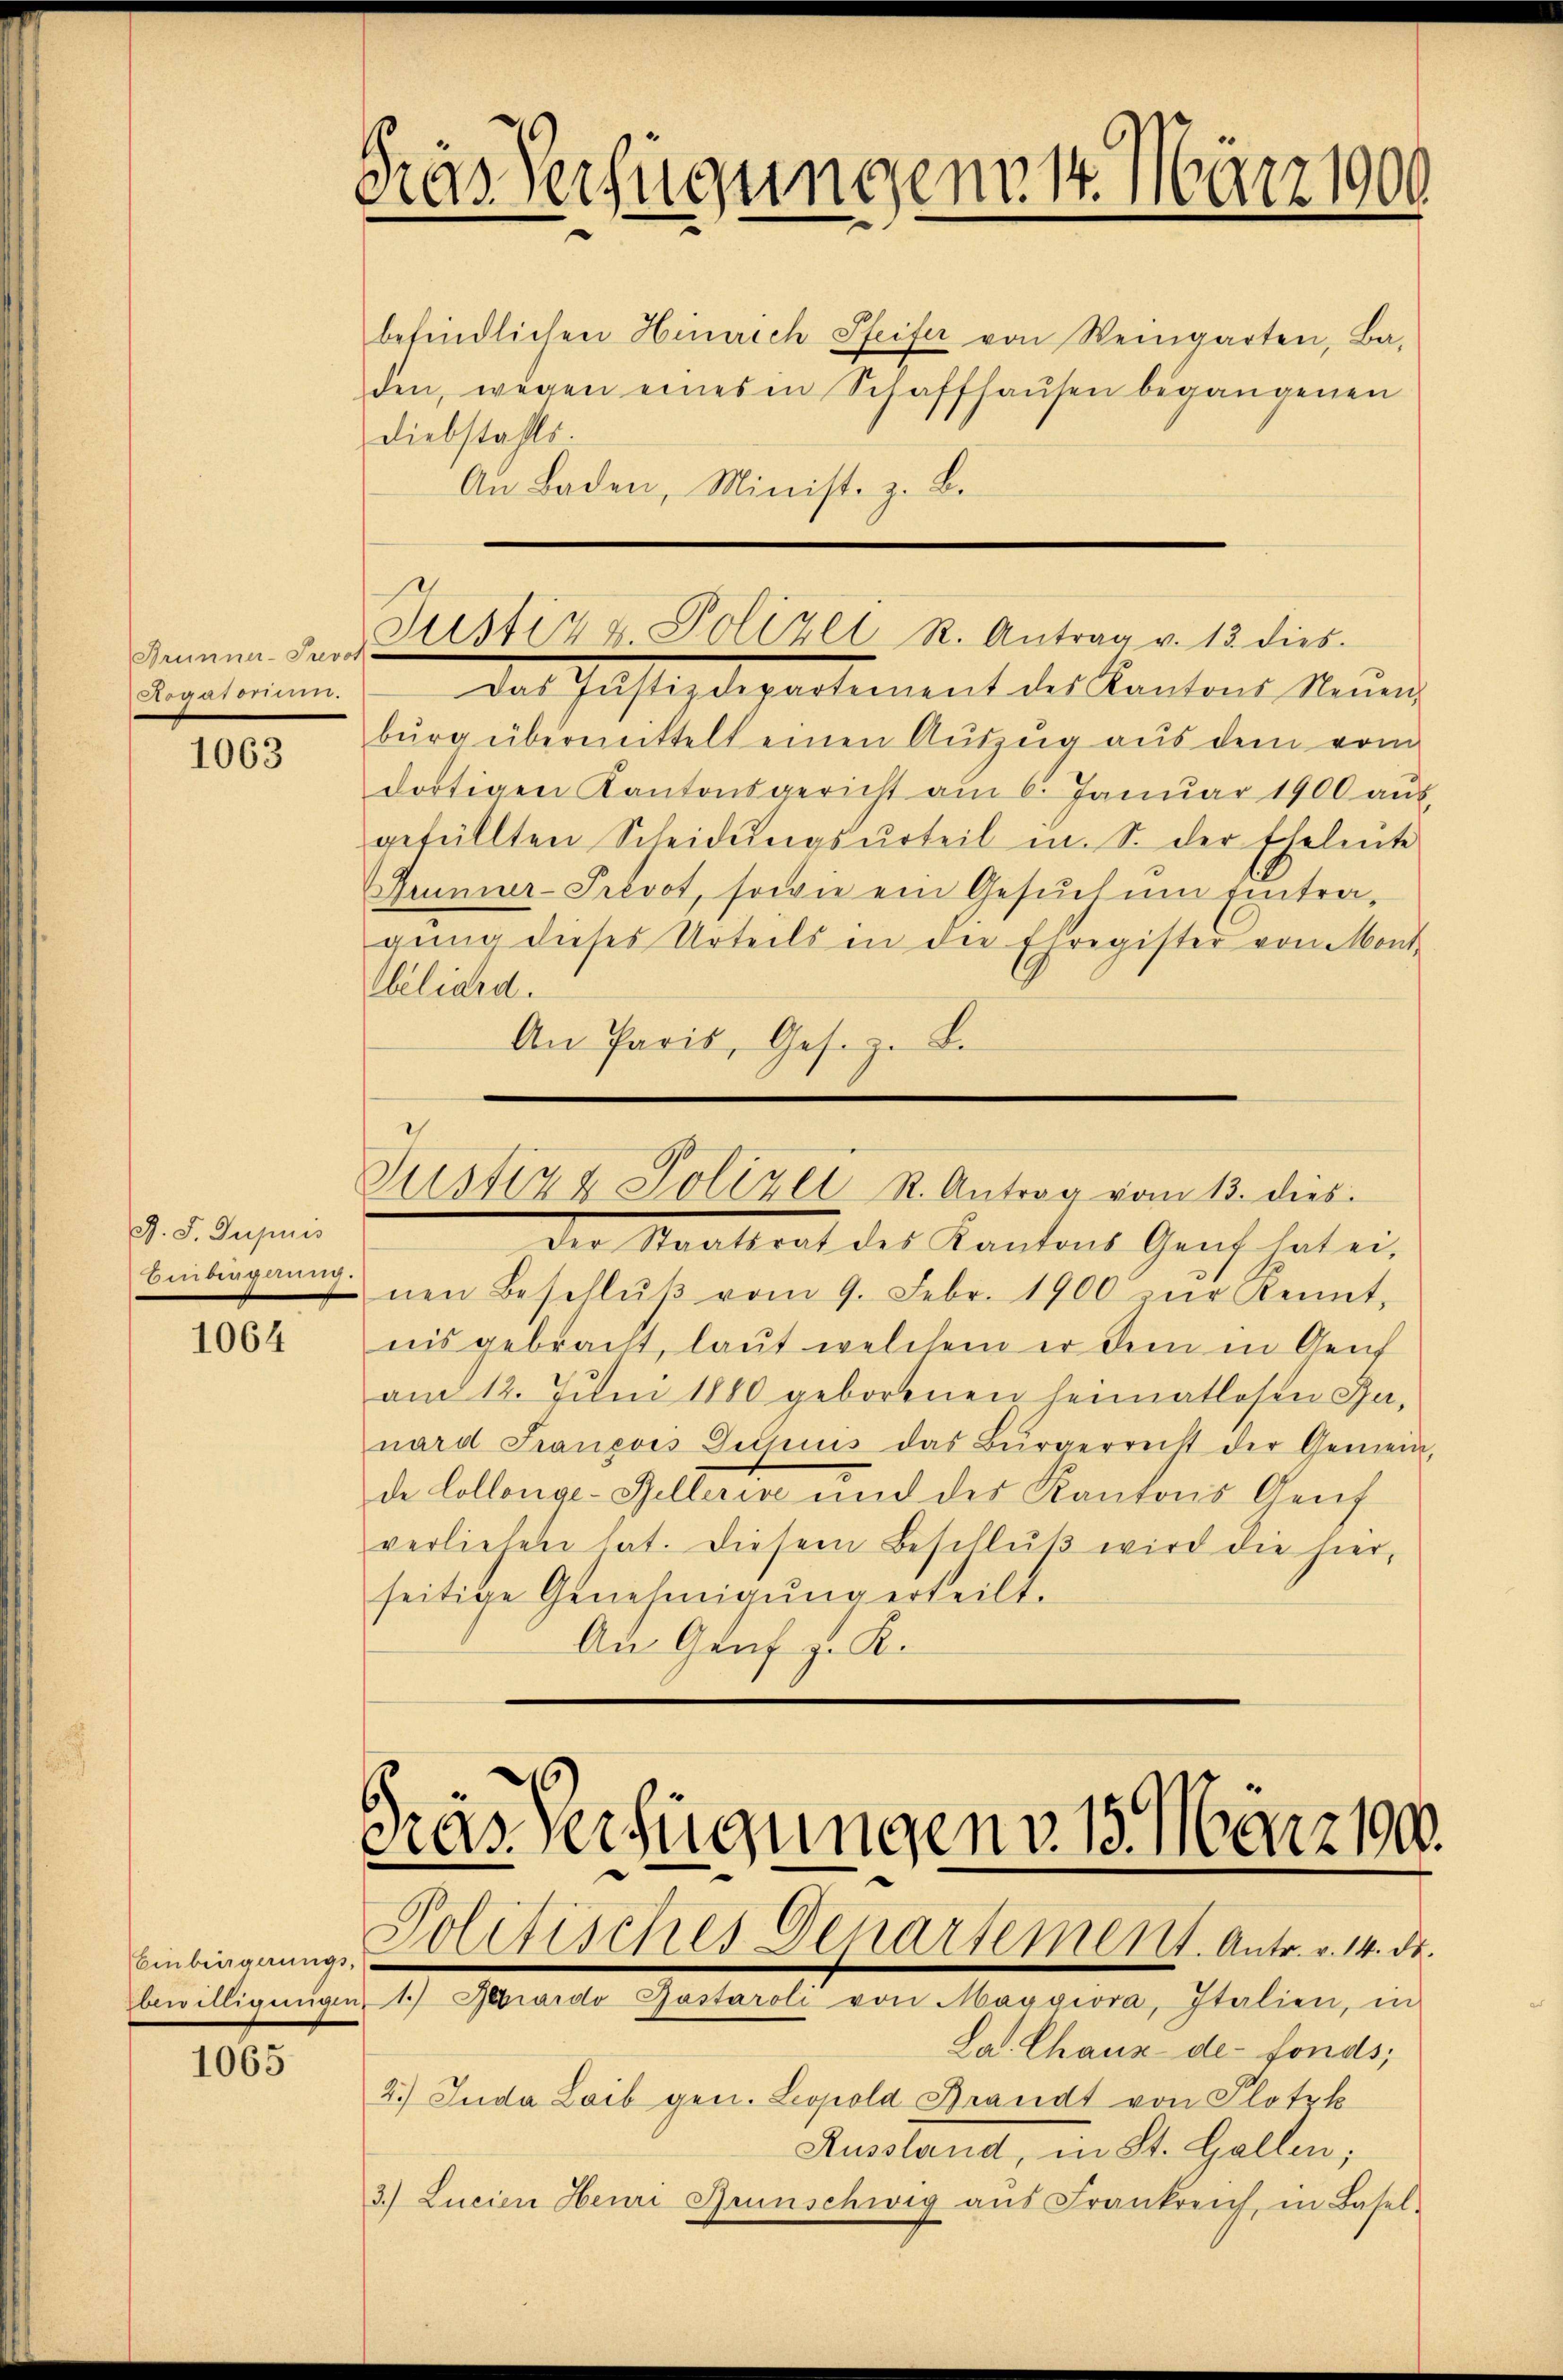
Brunner-Prevol
Rogarben.

1063

J. J. Gupuis
Einbiegnung.

1064

1065.

Gras Verfügungen 14. März 1900

befindlichen Hinrich Pfeifer von Weingarten, Ba-
den, wegen eines in Schaffhaŭsen begangenen
Diebstahls
An Laden, Minist. z. B.

Justiz & Polizei R. Antrag v. 13. dies

Datastizdepartement des Kantons Neuen
burg übermittelt einen Auszug aus dem vom
dortigen Kantonsgericht am 6. Janŭar 1900 aŭs
gefüllten Scheidŭngsurteil in S. der Eheleute
Aunner-Prevot, sowie ein Gesuch um Eintragung dieses Urteils in die Ehregister von Mont
Weliard.
An Paris, Ges. z. B.

Justiz & Polizei K. Antrag vom 13. dies

Der Staatsrat des Kantons Genf hat ei-
nen Beschlŭβ vom 9. Febr. 1900 zŭr Kennt,
nis gebracht, laut welchem er dem in Genf
am 12. Juni 1880 geborenen heimatlosen Ja,
nard Franevis Ditsuis das Bürgerrecht der Gemein-
de Collenge-Zellerise und des Kantons Aeuf
verliefen hat. Diesem Beschluß wird die hier,
seitige Genehmigŭng erteilt.
An Genf fr. K.

Gras Verfügungen v. 15. März 190.
Einbiegungs-Politisches Departement. Antr. v. 14. d.
bewilligungen 1 Spardo Gastaroli von Maggiora, Italien, in

2.) Juda Laib gen. Leopold Brandt von Flotzk
3.) Lucien Henri Grünschweg aŭs Frankreich, in Basel-

La. Chaux-de-Fonds;
Aussland, in St. Gallen;